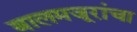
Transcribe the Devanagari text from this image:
बालमजूरांचा